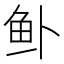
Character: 𱇎